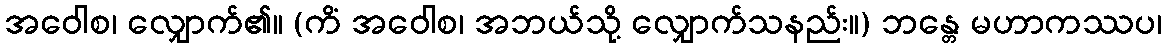
အဝေါစ၊ လျှောက်၏။ (ကိံ အဝေါစ၊ အဘယ်သို့ လျှောက်သနည်း။) ဘန္တေ မဟာကဿပ၊